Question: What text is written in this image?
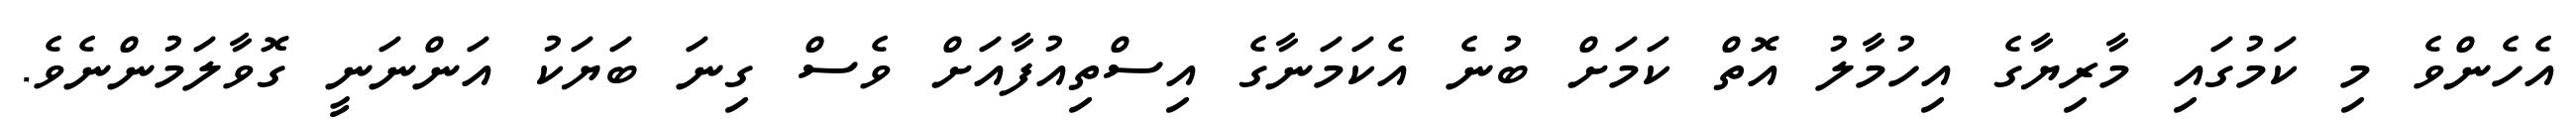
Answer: އެހެންވެ މި ކަމުގައި މާރިޔާގެ އިހުމާލު އޮތް ކަމަށް ބުނެ އެކަމަނާގެ އިސްތިއުފާއަށް ވެސް ގިނަ ބަޔަކު އަންނަނީ ގޮވާލަމުންނެވެ.